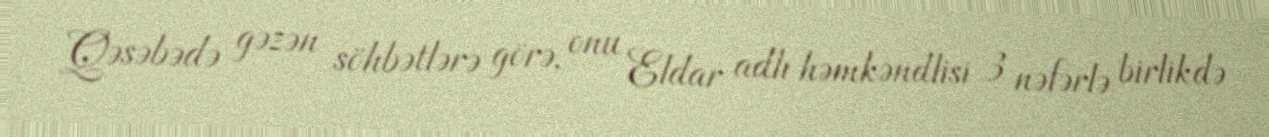
Qəsəbədə gəzən söhbətlərə görə, onu Eldar adlı həmkəndlisi 3 nəfərlə birlikdə